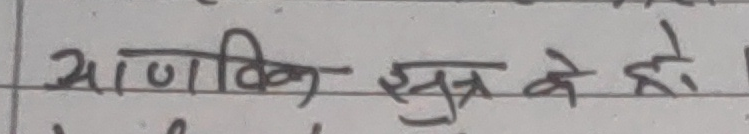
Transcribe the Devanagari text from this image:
आणविक सूत्र के हो ।